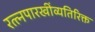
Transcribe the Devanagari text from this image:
रत्त्‍नपारखींव्यतिरिक्त